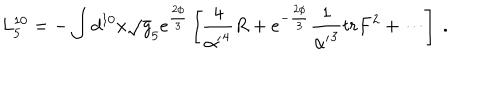
L _ { 5 } ^ { 1 0 } = - \int d ^ { 1 0 } x \sqrt g _ { 5 } e ^ { \frac { 2 \phi } { 3 } } \left[ { \frac { 4 } { { \alpha ^ { \prime } } ^ { 4 } } } R + e ^ { - { \frac { 2 \phi } { 3 } } } { \frac { 1 } { { \alpha ^ { \prime } } ^ { 3 } } } t r F ^ { 2 } + \cdots \right] \ .